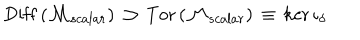
\mathrm { D i f f } \left( { \cal M } _ { s c a l a r } \right) \, \supset \, \mathrm { T o r } \left( { \cal M } _ { s c a l a r } \right) \, \equiv \, \mathrm { k e r } \, \iota _ { \delta }